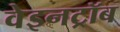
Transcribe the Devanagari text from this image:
वेइनट्रॉब